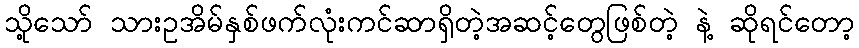
သို့သော် သားဥအိမ်နှစ်ဖက်လုံးကင်ဆာရှိတဲ့အဆင့်တွေဖြစ်တဲ့ နဲ့ ဆိုရင်တော့